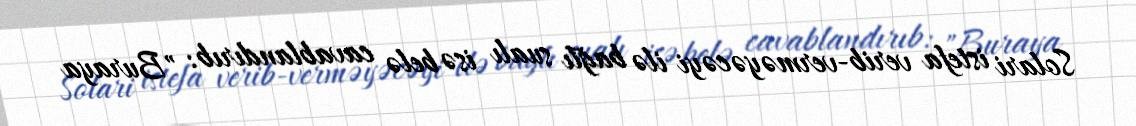
Solari istefa verib-verməyəcəyi ilə bağlı sualı isə belə cavablandırıb: "Buraya